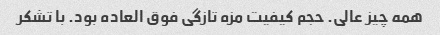
همه چیز عالی. حجم کیفیت مزه تازگی فوق العاده بود. با تشکر